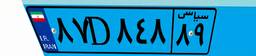
۸۷D۸۴۸۸۹